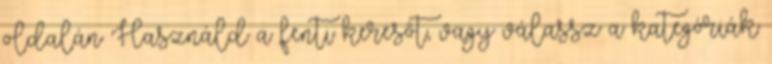
oldalán Használd a fenti keresőt, vagy válassz a kategóriák